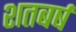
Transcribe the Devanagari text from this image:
शतबर्ष